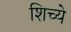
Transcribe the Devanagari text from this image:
शिच्ये